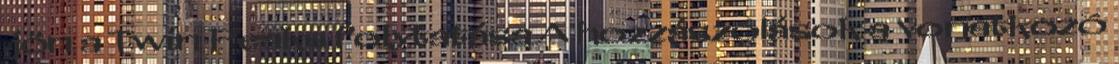
jön a Twin Peaks folytatása A hozzászólások a vonatkozó